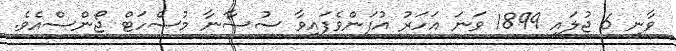
ވާނީ 6 ޖުލައި 1899 ވަނަ އަހަރު އުފަންވެފައިވާ ސުސާނާ މުސްހަޓް ޖޯންސްއެވެ.